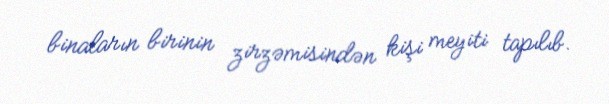
binaların birinin zirzəmisindən kişi meyiti tapılıb.